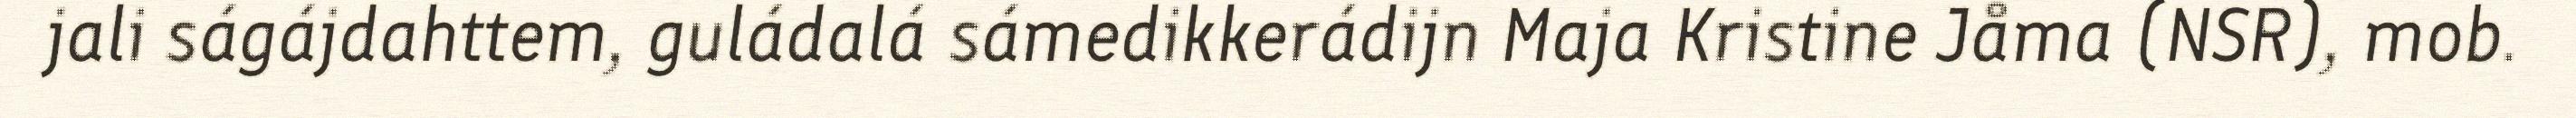
jali ságájdahttem, guládalá sámedikkerádijn Maja Kristine Jåma (NSR), mob.